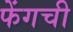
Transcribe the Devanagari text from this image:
फेंगची